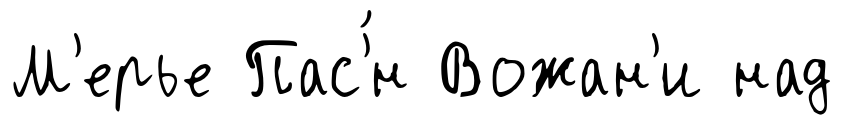
М'ерье Пас'́н Вожан'и над